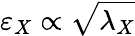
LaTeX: \varepsilon_{X}\propto\sqrt{\lambda_{X}}